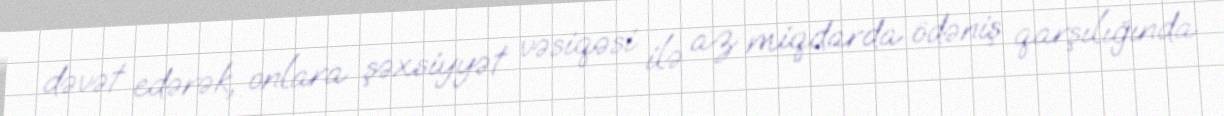
dəvət edərək, onlara şəxsiyyət vəsiqəsi ilə az miqdarda ödəniş qarşılığında